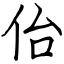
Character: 佁